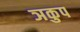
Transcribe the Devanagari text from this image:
ञकुप